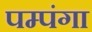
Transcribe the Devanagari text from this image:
पम्पंगा